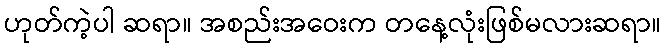
ဟုတ်ကဲ့ပါ ဆရာ။ အစည်းအဝေးက တနေ့လုံးဖြစ်မလားဆရာ။